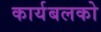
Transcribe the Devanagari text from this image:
कार्यबलको